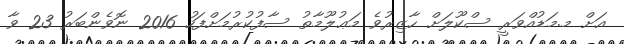
އަށް މ.މަޑުއްވަރީ ސްކޫލަށް ހާޒިރުވެ މަޢުލޫމާތު ސާފުކުރުމަށްފަހު 2016 ނޮވެންބަރު 23 ވާ